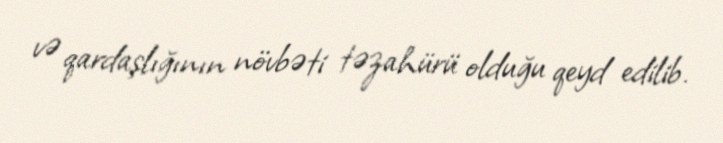
və qardaşlığının növbəti təzahürü olduğu qeyd edilib.